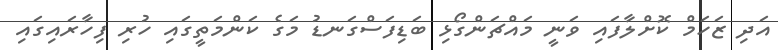
އަދި ޒަހަމް ކޮށްލާފައި ވަނީ މައްޗަންގޯޅި ބަޑިފަސްގަނޑު މަގެ ކަންމަތީގައި ހުރި ފިހާރައިގައި